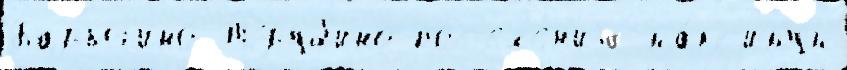
Барыг'ино Труб'ино пос'ел'е́н'иjа ма́кс'имум